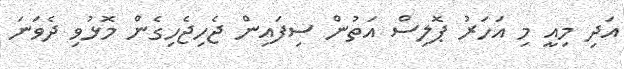
އަދި މިއީ މި އަހަރު ޕޮލިސް އަތުން ސިފައިން ޖެހިޖެހިގެން މޮޅުވި ދެވަނަ